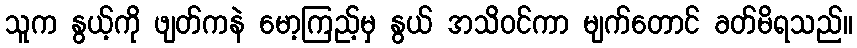
သူက နွယ့်ကို ဖျတ်ကနဲ မော့ကြည့်မှ နွယ် အသိဝင်ကာ မျက်တောင် ခတ်မိရသည်။